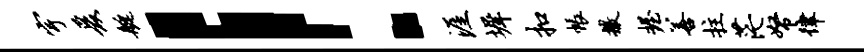
宇爰艇！涯墀扣帐撒握善拄茫帑律